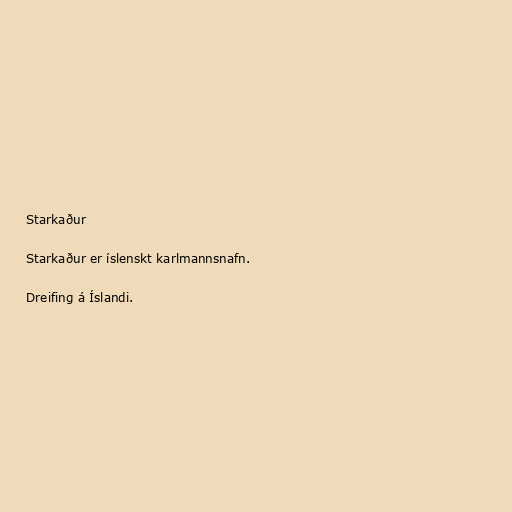
Starkaður

Starkaður er íslenskt karlmannsnafn.

Dreifing á Íslandi.